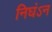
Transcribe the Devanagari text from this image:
निघंऽन